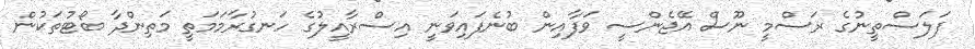
ފަލަސްތީނުގެ ރަސްމީ ނޫސް އޭޖެންސީ ވަފާއިން ބުނެފައިވަނީ އިސްރާއީލުގެ ހަނގުރާމަމަތީ މަތިންދާ ބޯޓުތަކުން